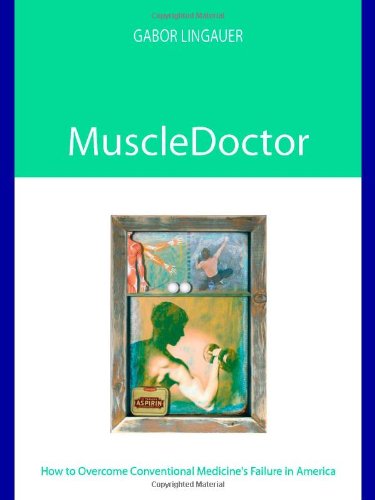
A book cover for MuscleDoctor; Gabor Lingauer; Health, Fitness & Dieting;